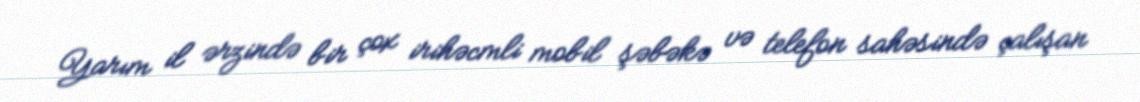
Yarım il ərzində bir çox irihəcmli mobil şəbəkə və telefon sahəsində çalışan